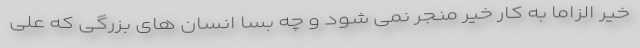
خیر الزاما به کار خیر منجر نمی شود و چه بسا انسان های بزرگی که علی